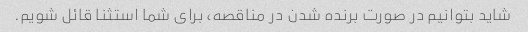
شاید بتوانیم در صورت برنده شدن در مناقصه، برای شما استثنا قائل شویم.